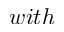
w i t h